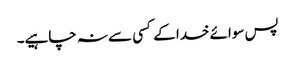
پس سوائے خدا کے کسی سے نہ چاہیے۔